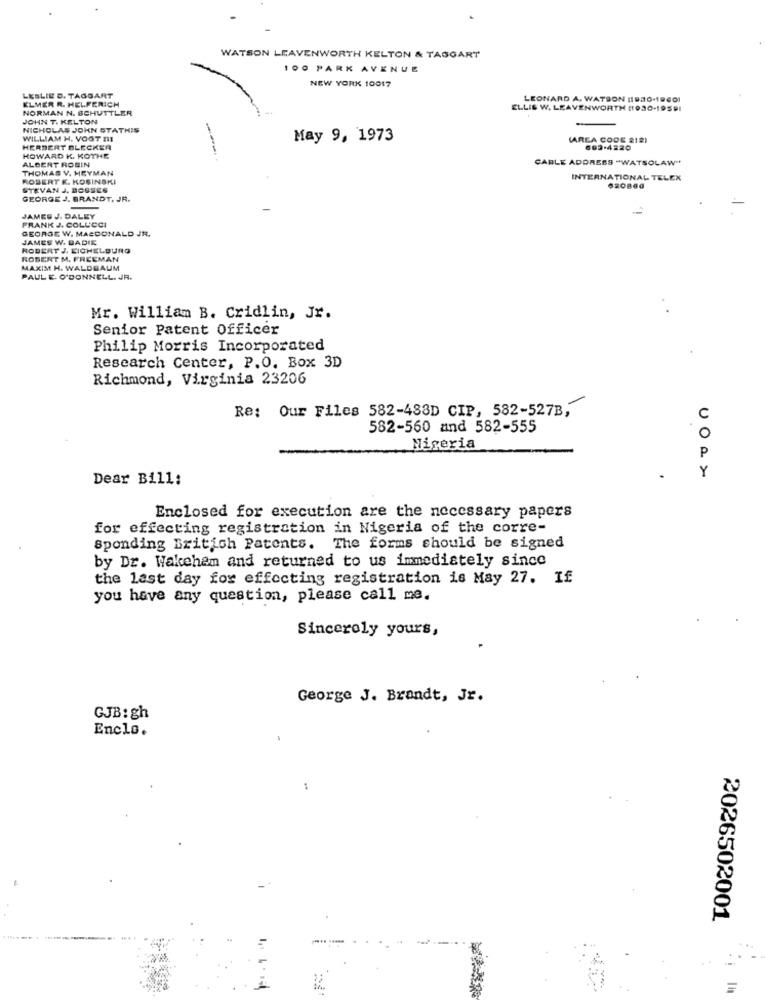
WATSON LEAVENWORTH KELTON & TAGGART
100 PARK AVENUE
NEW YORK 10017
LESLIE D. TAGGART
ELMER R. HELFERICH
LEONARD A. WATSON (1930.19401
NORMAN N. SCHUTTLER
ELLIS W. LEAVENWORTH (1930-19591
JOHN T. KELTON
NICHOLAS JOHN STATHIS
WILLIAM H. VOOT MI
May 9, 1973
(AREA CODE 212)
HERBERT BLECKER
603-4220
HOWARD K. KOTHE
ALBERT ROBIN
CARLE ADDRESS "WATSOLAW"
THOMAS V. HEYMAN
ROBERT K. KOSINSKI
INTERNATIONAL TELEX
STEVAN J. BOSSES
GEORGE J. BRANDT, JR.
FRANK J. COLUCCI
JAMES J. DALEY
GEORGE W. MACDONALD JR.
JAMES W. BADIE
ROBERT J. EICHELBURG
ROBERT M. FREEMAN
MAXIM H. WALDBAUM
PAUL E. O'DONNELL. JR.
Mr. William B. Cridlin, Jr.
Senior Patent Officer
Philip Morris Incorporated
Research Center, P.O. Box 3D
Richmond, Virginia 23206
Re: Our Files 582-488D CIP, 582-527B,
C
582-560 and 582-555
O
Nigeria
P
Y
Dear Bill:
Enclosed for execution are the necessary papers
for effecting registration in Nigeria of the corre-
Sponding British Patents. The forms should be signed
by Dr. Wakeham and returned to us immediately since
the last day for effecting registration is May 27. If
you have any question, please call me.
Sincerely yours,
George J. Brandt, Jr.
GJB: gh
Enclo.
2026502001